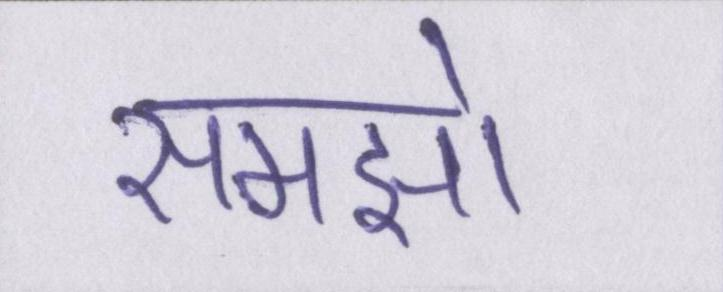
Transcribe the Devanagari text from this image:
समझो